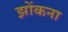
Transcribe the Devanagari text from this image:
झोंकना